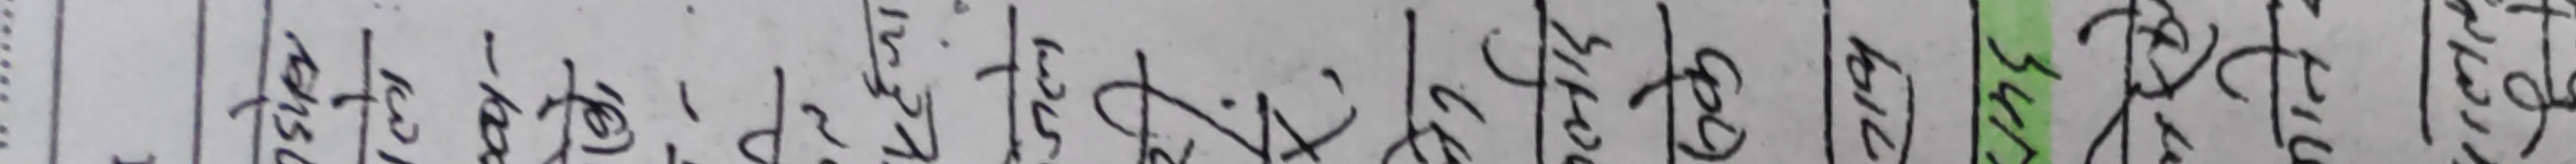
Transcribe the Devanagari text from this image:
२४७० २४६५ २४७२ २४७४ २४७१ २४६९ २४६८ २४६६ २४६७ ३००० २९९७ २९९९ २९९८